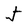
Character: J